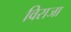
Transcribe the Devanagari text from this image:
विराजा